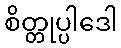
စိတ္တုပ္ပါဒေါ